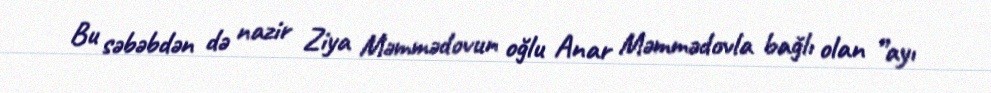
Bu səbəbdən də nazir Ziya Məmmədovun oğlu Anar Məmmədovla bağlı olan ”ayı